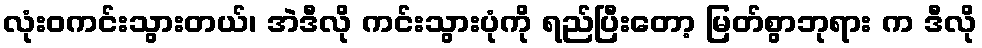
လုံးဝကင်းသွားတယ်၊ အဲဒီလို ကင်းသွားပုံကို ရည်ပြီးတော့ မြတ်စွာဘုရား က ဒီလို